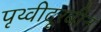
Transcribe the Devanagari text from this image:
पृथ्वीदूरबीन